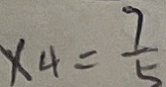
x _ { 4 } = \frac { 7 } { 5 }